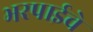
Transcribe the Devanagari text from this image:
भरपाईचे